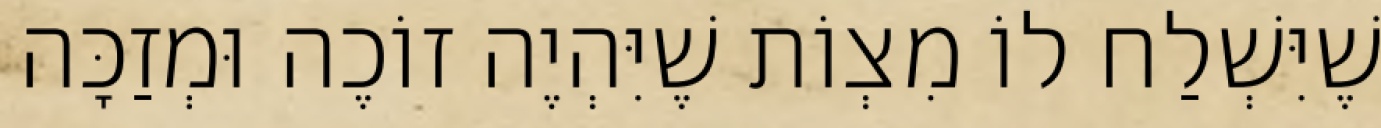
שֶׁיִּשְׁלַח לוֹ מִצְוֹת שֶׁיִּהְיֶה זוֹכֶה וּמְזַכָּה